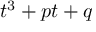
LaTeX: t ^ { 3 } + p t + q